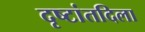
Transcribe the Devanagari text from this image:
दृष्टांतदिला